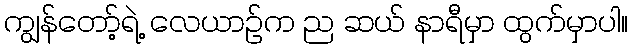
ကျွန်တော့်ရဲ့ လေယာဉ်က ည ဆယ် နာရီမှာ ထွက်မှာပါ။